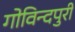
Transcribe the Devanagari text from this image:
गोविन्दपुरी